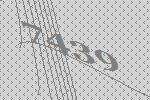
7439